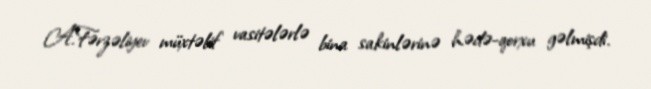
A.Fərzəliyev müxtəlif vasitələrlə bina sakinlərinə hədə-qorxu gəlmişdi.